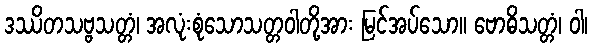
ဒဿိတသဗ္ဗသတ္တံ၊ အလုံးစုံသောသတ္တဝါတို့အား မြင်အပ်သော။ ဗောဓိသတ္တံ၊ ဝါ၊